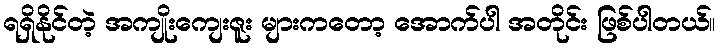
ရရှိနိုင်တဲ့ အကျိုးကျေးဇူး များကတော့ အောက်ပါ အတိုင်း ဖြစ်ပါတယ်။